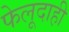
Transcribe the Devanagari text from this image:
फेलूदाही